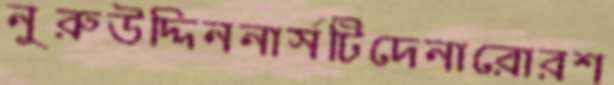
নুরুউদ্দিননার্সটিদেনারোরশ